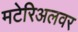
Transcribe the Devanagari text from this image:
मटेरिअलवर